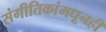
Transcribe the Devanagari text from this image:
संगीतिकांमधूनही